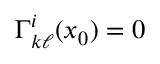
\Gamma _ { k \ell } ^ { i } ( x _ { 0 } ) = 0